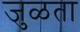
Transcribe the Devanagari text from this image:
जुळता